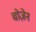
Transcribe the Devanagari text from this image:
चोज़ेन